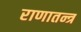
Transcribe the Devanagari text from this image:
राणातन्त्र